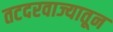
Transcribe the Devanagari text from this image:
तटदरवाज्यातून